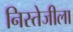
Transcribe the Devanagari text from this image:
निस्तेजीला